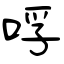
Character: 哹